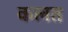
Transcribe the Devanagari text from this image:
कलत